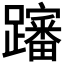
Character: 𲄎